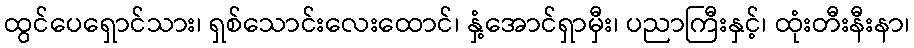
ထွင်ပေရှောင်သား၊ ရှစ်သောင်းလေးထောင်၊ နှံ့အောင်ရှာမှီး၊ ပညာကြီးနှင့်၊ ထုံးတီးနီးနာ၊